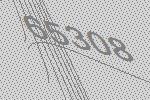
65308